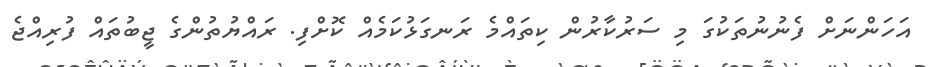
އަހަންނަށް ފެނުނުތަކުގަ މި ސަރުކާރުން ކިތައްމެ ރަނގަޅުކަމެއް ކޮށްފި. ރައްޔުތުންގެ ޖީބުތައް ފުރިއްޖެ